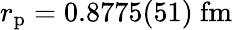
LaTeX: r_{\mathrm{p}}=0.8775(51)\ \mathrm{fm}